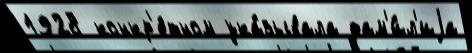
1928 конкр'е́тном ука́зывала фам'и́л'иjа